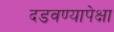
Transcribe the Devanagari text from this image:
दडवण्यापेक्षा